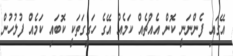
އޭގައި ފެންނަނީ ކޮން އެއްޗެއް ކަމެއް އޭގެ ހަގީގަތަކީ ކޮބައި ކަމެއް ފުލުހުން